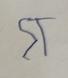
Signature authenticity: forged